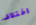
اختلاف